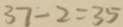
3 7 - 2 = 3 5